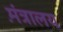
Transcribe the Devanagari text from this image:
म़ंत्रालय